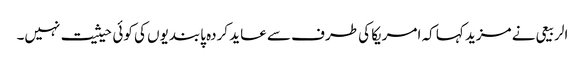
الربیعی نے مزید کہا کہ امریکا کی طرف سے عاید کردہ پابندیوں کی کوئی حیثیت نہیں۔